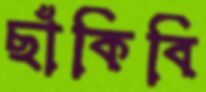
ছাঁকিবি